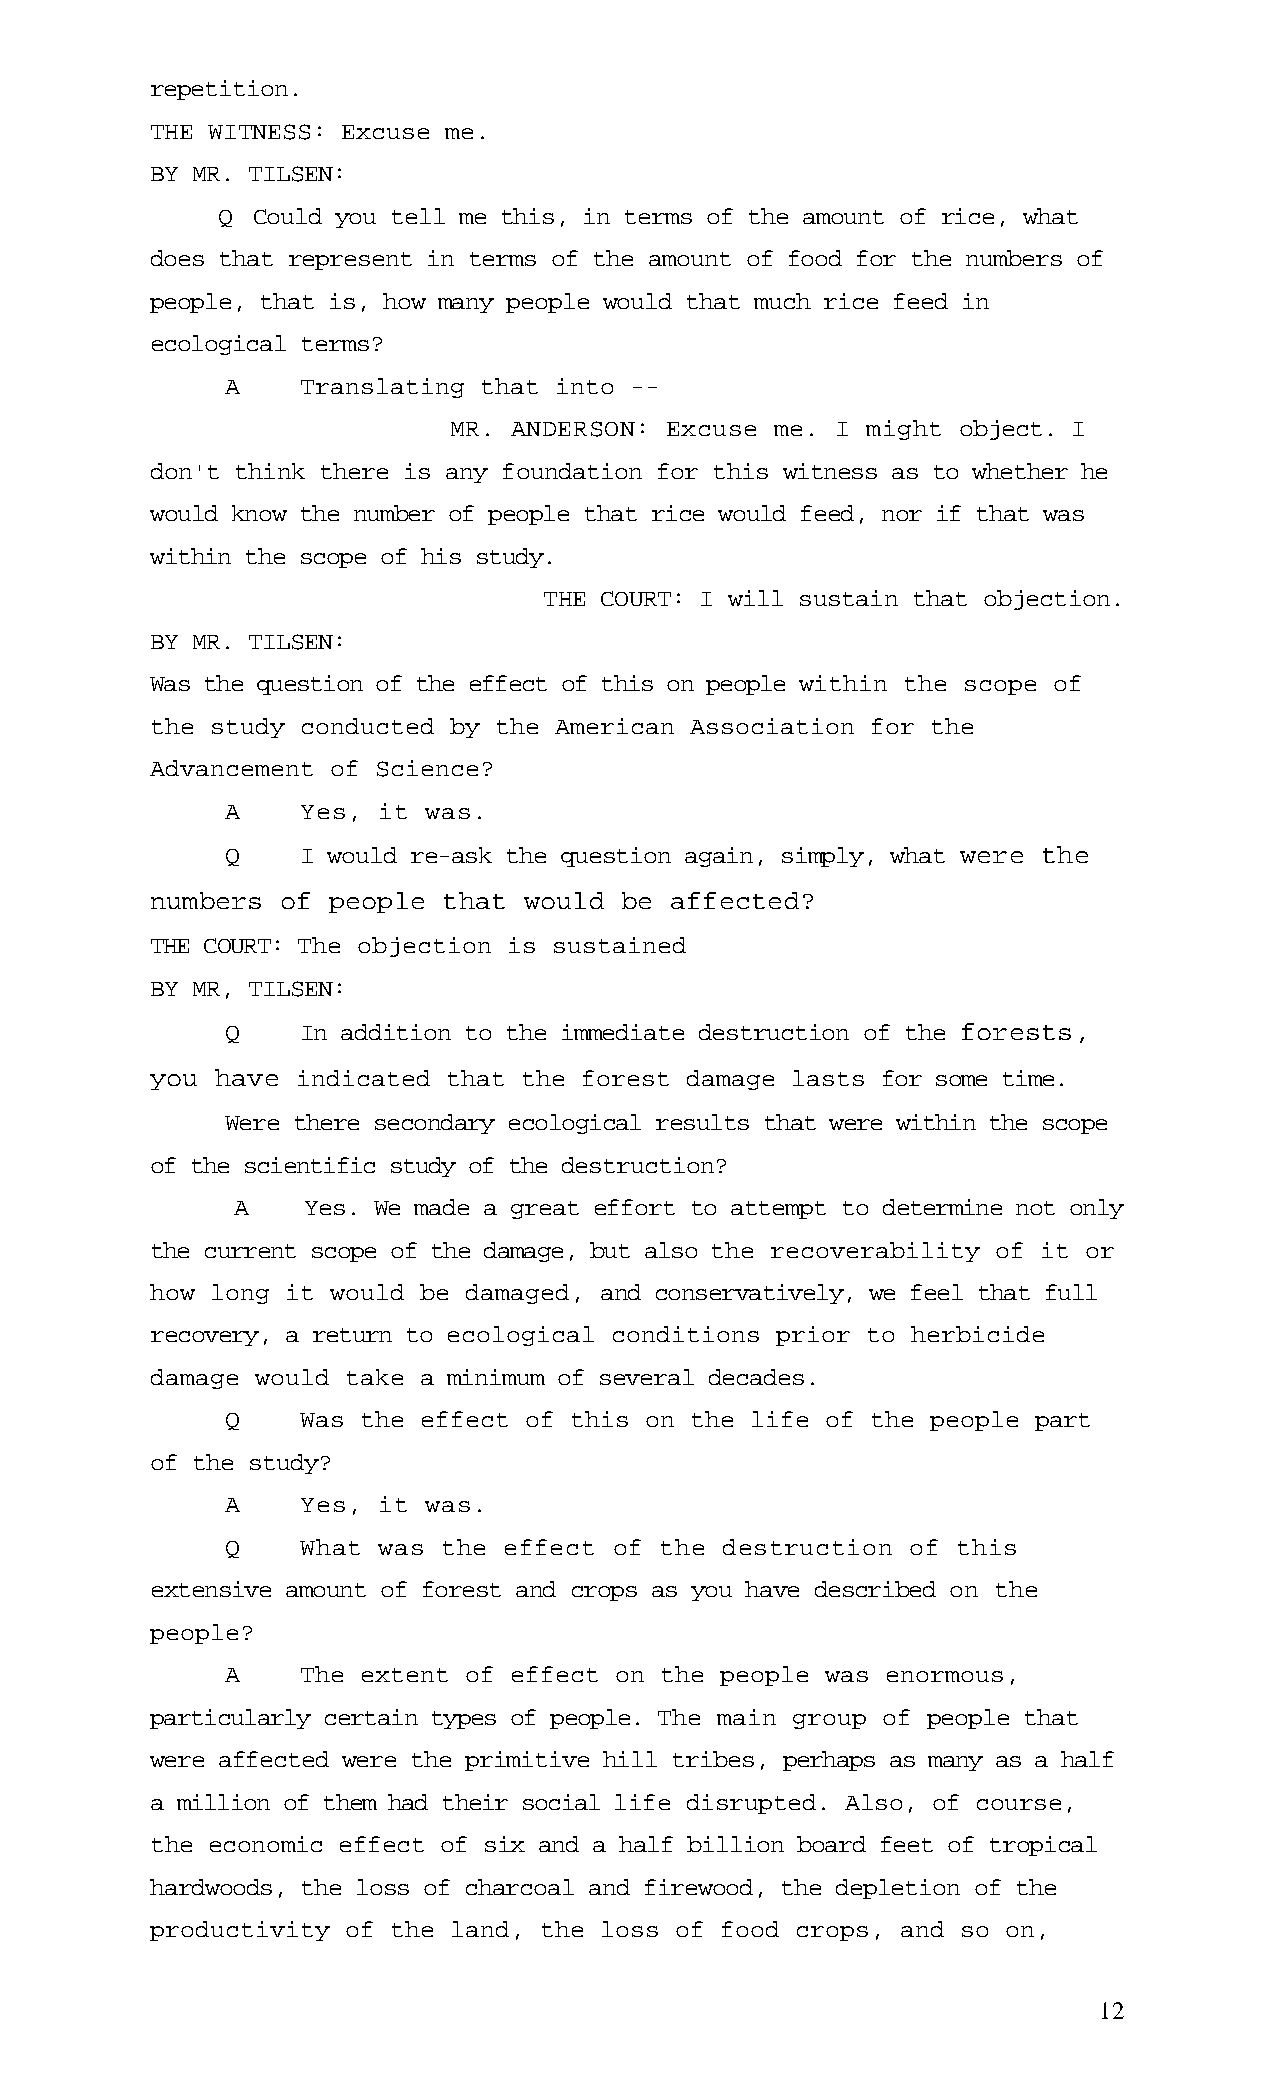
repetition.
 THE WITNESS: Excuse me.
 BY MR. TILSEN:
 Q  Could you tell me this, in terms of the amount of rice, what
 does that represent in terms of the amount of food for the numbers of
 people, that is, how many people would that much rice feed in
 ecological terms?
 A    Translating that into --
 MR. ANDERSON: Excuse me. I might object. I
 don't think there is any foundation for this witness as to whether he
 would know the number of people that rice would feed, nor if that was
 within the scope of his study.
 THE COURT: I will sustain that objection.
 BY MR. TILSEN:
 Was the question of the effect of this on people within the scope of
 the study conducted by the American Association for the
 Advancement of Science?
 A    Yes, it was.
 Q    I would re-ask the question again, simply, what were the
 numbers  of people that  would be affected?
 THE COURT: The objection is sustained
 BY MR, TILSEN:
 Q    In addition to the immediate destruction of the forests,
 you have  indicated that the forest damage lasts for some time.
 Were there secondary ecological results that were within the scope
 of the scientific study of the destruction?
 A    Yes. We made a great effort to attempt to determine not only
 the current scope of the damage, but also the recoverability of it or
 how long it would be damaged, and conservatively, we feel that full
 recovery, a return to ecological conditions prior to herbicide
 damage would take a minimum of several decades.
 Q    Was the effect of this on the life of the people part
 of the study?
 A    Yes, it was.
 Q    What was the effect  of the destruction of this
 extensive amount of forest and crops as you have described on the
 people?
 A    The extent of effect on the people was enormous,
 particularly certain types of people. The main group of people that
 were affected were the primitive hill tribes, perhaps as many as a half
 a million of them had their social life disrupted. Also, of course,
 the economic effect of six and a half billion board feet of tropical
 hardwoods, the loss of charcoal and firewood, the depletion of the
 productivity of the land, the loss of food crops, and so on,
 12